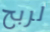
لربح